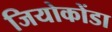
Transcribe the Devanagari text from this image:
जियोकोंडा